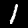
Label: 1